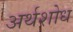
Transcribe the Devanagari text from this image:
अर्थशोध